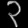
Digit: ၃